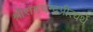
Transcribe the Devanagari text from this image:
श्रीरामचन्द्रप्रीत्यर्थे